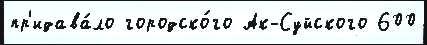
пр'идава́ло городско́го Ак-Суйского 600